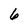
Character: 6